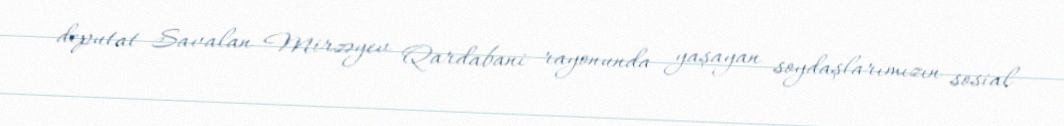
deputat Savalan Mirzəyev Qardabani rayonunda yaşayan soydaşlarımızın sosial